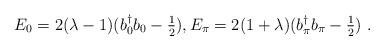
LaTeX: \begin{align*}E_0 =2(\lambda-1)(b_0^{\dagger}b_0-\tfrac{1}{2}),E_{\pi}=2(1+\lambda)(b_{\pi}^{\dagger}b_{\pi}-\tfrac{1}{2})\ .\end{align*}